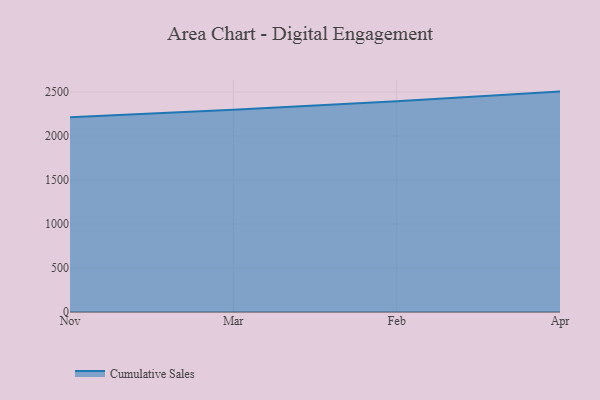
{"axis": {"x": "Month", "y": "Customer Acquisition Cost (USD)"}, "legend": ["Cumulative Sales"], "data": [{"x": "Nov", "y": 2211.3, "type": "Cumulative Sales"}, {"x": "Mar", "y": 2297.0, "type": "Cumulative Sales"}, {"x": "Feb", "y": 2394.2, "type": "Cumulative Sales"}, {"x": "Apr", "y": 2503.8, "type": "Cumulative Sales"}]}